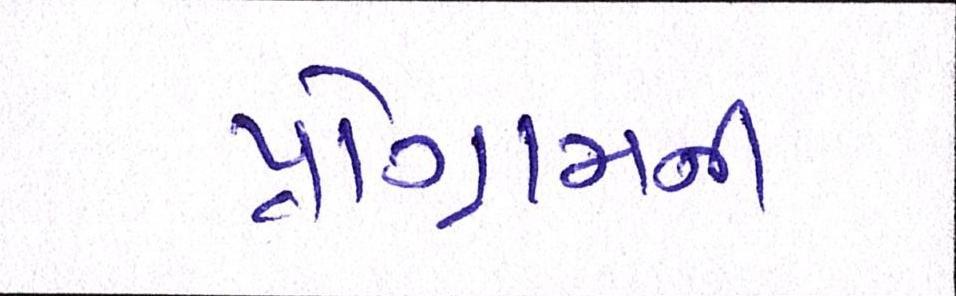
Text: પ્રોગ્રામની